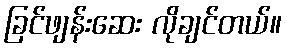
ခြင်ဖျန်းဆေး လိုချင်တယ်။